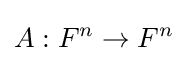
A:F^{n}\to F^{n}